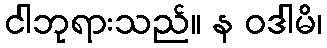
ငါဘုရားသည်။ န ဝဒါမိ၊